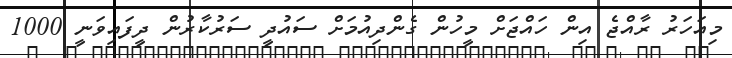
މިއަހަރު ރާއްޖެ އިން ހައްޖަށް މީހުން ގެންދިއުމަށް ސައުދީ ސަރުކާރުން ދީފައިވަނީ 1000